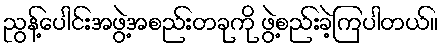
ညွန့်ပေါင်းအဖွဲ့အစည်းတခုကို ဖွဲ့စည်းခဲ့ကြပါတယ်။